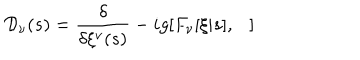
LaTeX: { \cal D } _ { \nu } ( s ) = \frac { \delta } { \delta \xi ^ { \nu } ( s ) } - i g [ F _ { \nu } [ \xi | s ] , \ \ \ ]